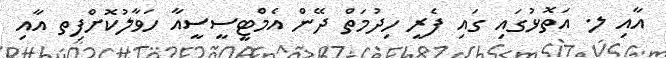
އާއި ލ. އަތޮޅުގައި ގައި ފެރީ ހިދުމަތް ދޭން އެމްޓީސީސީއާ ހަވާލުކޮށްފިތ އާއި